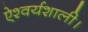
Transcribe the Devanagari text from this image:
ऐश्वर्यशाली।